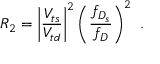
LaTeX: R _ { 2 } = \left| { \frac { V _ { t s } } { V _ { t d } } } \right| ^ { 2 } \left( { \frac { f _ { D _ { s } } } { f _ { D } } } \right) ^ { 2 } ~ .